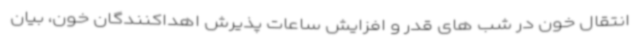
انتقال خون در شب های قدر و افزایش ساعات پذیرش اهداکنندگان خون، بیان